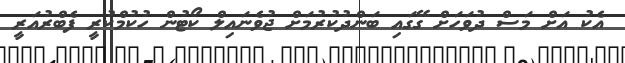
އެކު އަށް މަސް ދުވަހަށް ގޭގައި ބަންދުކުރުމަށް ޖުވެނައިލް ކޯޓުން ހުކުމްކުރީ ފެބްރުއަރީ